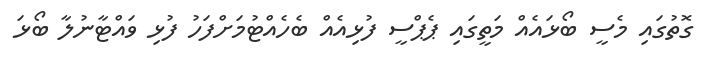
ގޮތުގައި މެސީ ބޯޅައެއް މަތީގައި ޕެޕްސީ ފުޅިއެއް ބެހެއްޓުމަށްފަހު ފުޅި ވައްޓާނުލާ ބޯޅަ